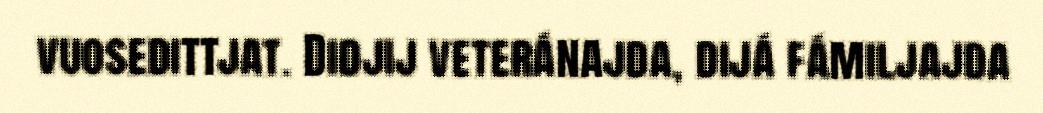
vuosedittjat. Didjij veteránajda, dijá fámiljajda